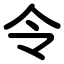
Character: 令